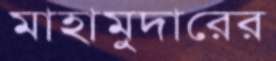
মাহামুদারের